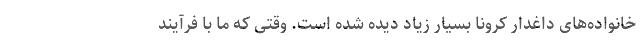
خانواده‌های داغدار کرونا بسیار زیاد دیده شده است. وقتی که ما با فرآیند